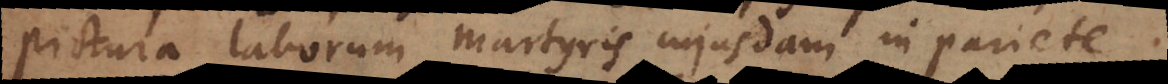
pictura laborum martyris cujusdam in pariete